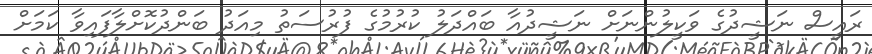
ރައީސް ނަޝީދުގެ ވަކީލުންނަށް ނަޝީދުއާ ބައްދަލު ކުރުމުގެ ފުރުސަތު މިއަދު ބަންދުކޮށްލާފައިވާ ކަމަށް